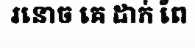
រនោច គេ ដាក់ ពែ